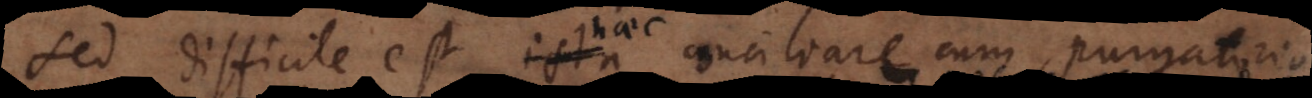
Sed difficile est ista conciliare cum purgatorio